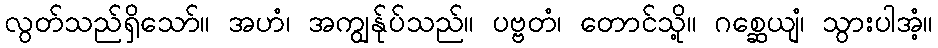
လွတ်သည်ရှိသော်။ အဟံ၊ အကျွန်ုပ်သည်။ ပဗ္ဗတံ၊ တောင်သို့။ ဂစ္ဆေယျံ၊ သွားပါအံ့။